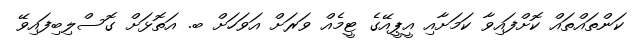
ކަންތައްތައް ކޮށްފައިވާ ކަމަށާއި އީޕީއޭގެ ޓީމެއް ވަރަށް އަވަހަށް ބ. އަތޮޅަށް ގޮސްލިިބިފައިވޭ